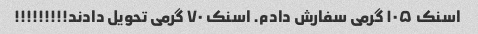
اسنک ۱۰۵ گرمی سفارش دادم. اسنک ۷۰ گرمی تحویل دادند!!!!!!!!!